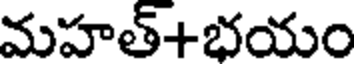
మహత్+భయం